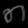
Digit: ၈